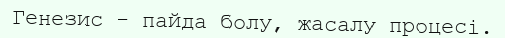
Генезис - пайда болу, жасалу процесі.